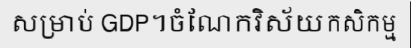
សម្រាប់ GDP។ចំណែកវិស័យកសិកម្ម